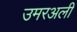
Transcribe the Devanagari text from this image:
उमरअली